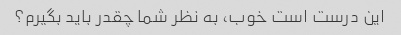
این درست است خوب، به نظر شما چقدر باید بگیرم؟